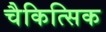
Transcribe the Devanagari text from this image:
चैकित्सिक